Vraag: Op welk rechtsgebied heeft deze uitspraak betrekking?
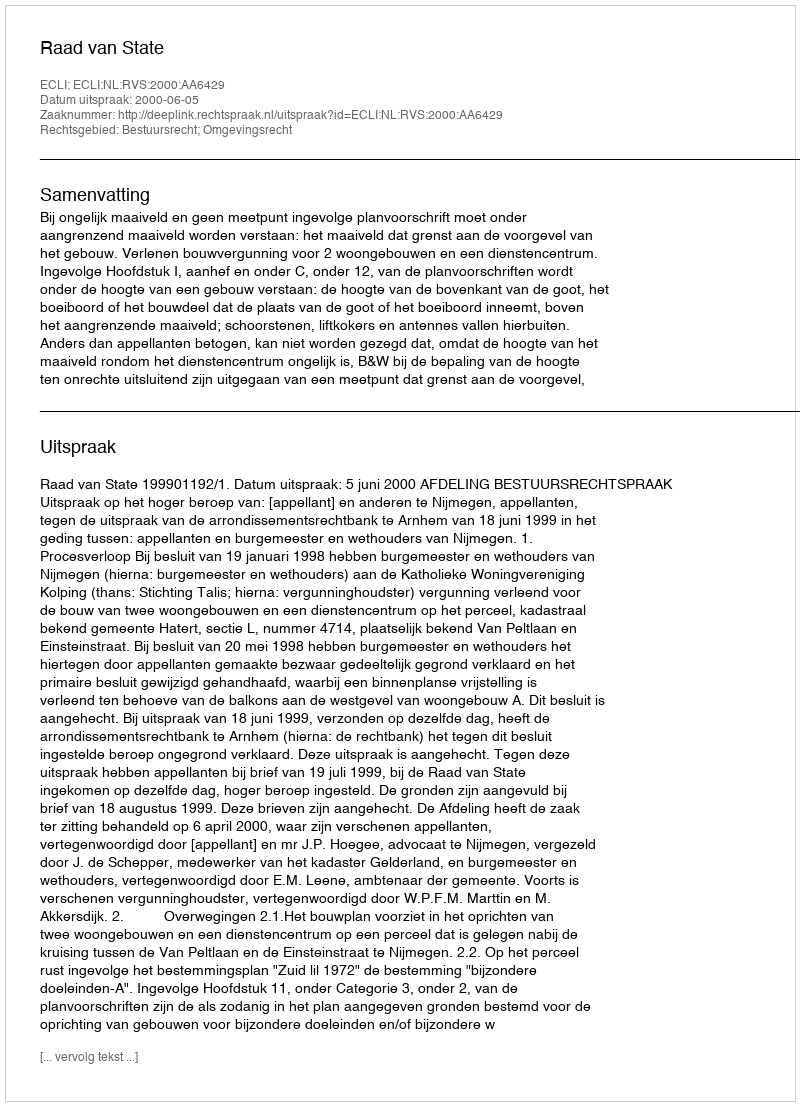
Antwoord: Bestuursrecht; Omgevingsrecht